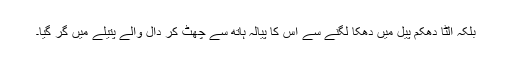
بلکہ الٹا دھکم پیل میں دھکا لگنے سے اس کا پیالہ ہاتھ سے چھٹ کر دال والے پتیلے میں گر گیا۔